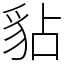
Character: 𧲸